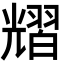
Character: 𦒉